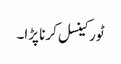
ٹور کینسل کرنا پڑا۔